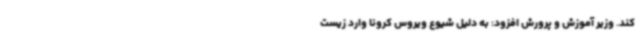
کند. وزیر آموزش‌ و پرورش افزود: به دلیل شیوع ویروس کرونا وارد زیست